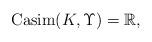
LaTeX: \begin{align*}\operatorname{Casim}(K,\Upsilon)=\mathbb{R},\end{align*}